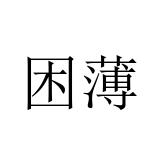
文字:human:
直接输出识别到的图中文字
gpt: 困薄